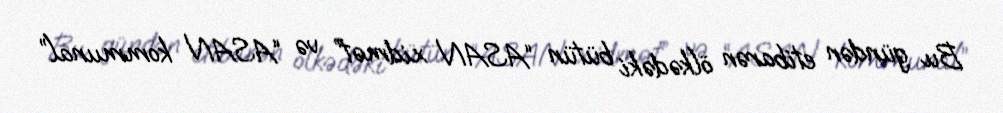
Bu gündən etibarən ölkədəki bütün “ASAN xidmət” və “ASAN kommunal”